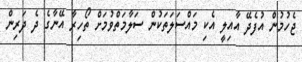
ޖެހުމުން އުފެދޭ އާއިލީ އެކި މައްސަލަތަކުން ސަލާމަތްވުމަށް ތޯހިރާ އޭނާގެ ދެ ދަރިން